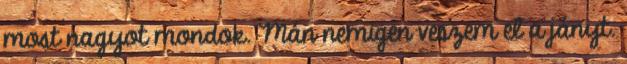
most nagyot mondok. Mán nemigen veszem el a jányt.